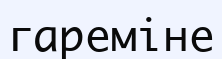
гареміне